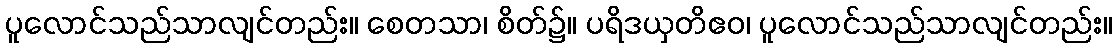
ပူလောင်သည်သာလျင်တည်း။ စေတသာ၊ စိတ်၌။ ပရိဒယှတိဧဝ၊ ပူလောင်သည်သာလျင်တည်း။